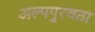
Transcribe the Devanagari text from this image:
अल्पपुरवठा